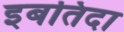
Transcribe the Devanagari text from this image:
इबतिदा